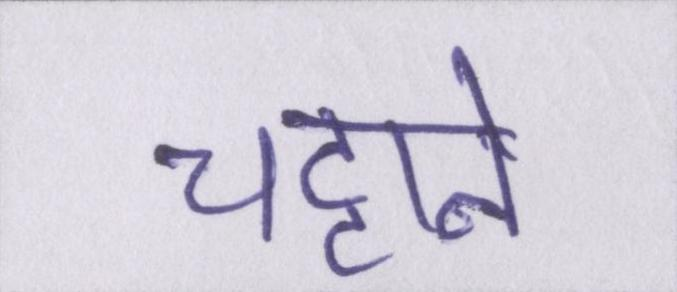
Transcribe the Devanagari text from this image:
चट्टाने